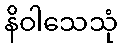
နိဝါသေသုံ